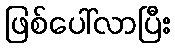
ဖြစ်ပေါ်လာပြီး